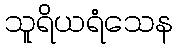
သူရိယရံသေန